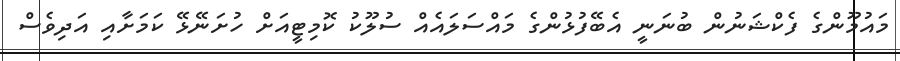
މައުމޫންގެ ފެކްޝަނުން ބުނަނީ އެބޭފުޅުންގެ މައްސަލައެއް ސުލޫކު ކޮމިޓީއަށް ހުށަނޭޅޭ ކަމަށާއި އަދިވެސް